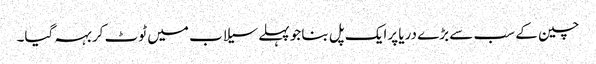
چین کے سب سے بڑے دریا پرایک پل بنا جو پہلےسیلاب میں ٹوٹ کر بہہ گیا۔